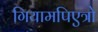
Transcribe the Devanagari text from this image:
गियामपिएत्रो